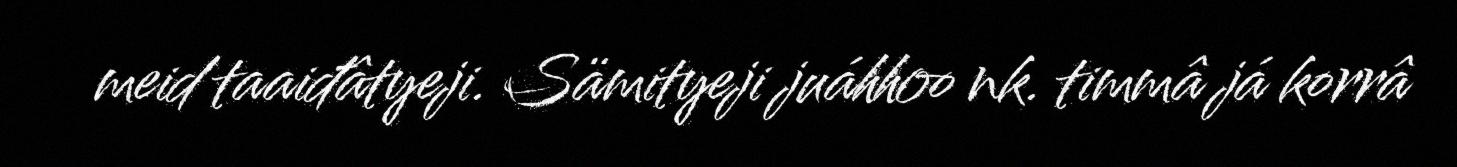
meid taaiđâtyeji. Sämityeji juáhhoo nk. timmâ já korrâ